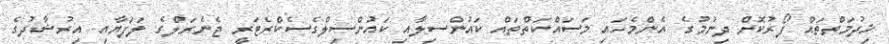
ޚިދުމަތްތައް ފޯރުކޮށް ދިނުމުގެ އެންމެހައި މަސައްކަތްތައް ކައުންސިލާއި ކައުންސިލްގެސެކްރެޓަރީ ޖެނެރަލްގެ ލަފަޔާއި އިރުޝާދުގެ